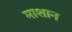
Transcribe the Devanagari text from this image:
माशान